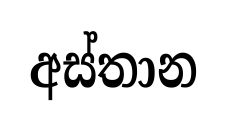
අස්තාන